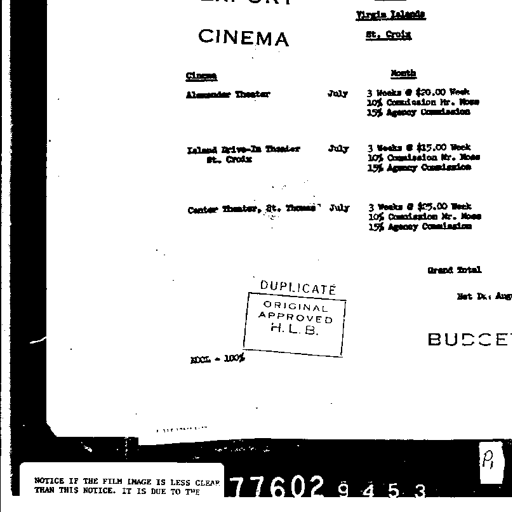
Virgin Islands
St. Croix
CINEMA
Cinema Month
Alexander Theater July 3 Weeks @ $20.00 Week
10% Commission Mr. Moss
15% Agency Commission
Island Drive-In Theater July 3 Weeks @ $15.00 Week
St. Croix 10% Commission Mr. Moss
15% Agency Commission
Center Theater, St. Thomas July 3 Weeks @ $25.00 Week
10% Commission Mr. Moss
15% Agency Commission
Grand Total
DUPLICATE
Net D: Aug
ORIGINAL
APPROVED
H. L. B.
BUDGE
RDCL - 100%
NOTICE IF THE FILM IMAGE IS LESS CLEAR 77602 9 4 5 3
THAN THIS NOTICE. IT IS DUE TO THE